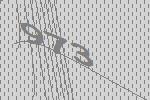
973